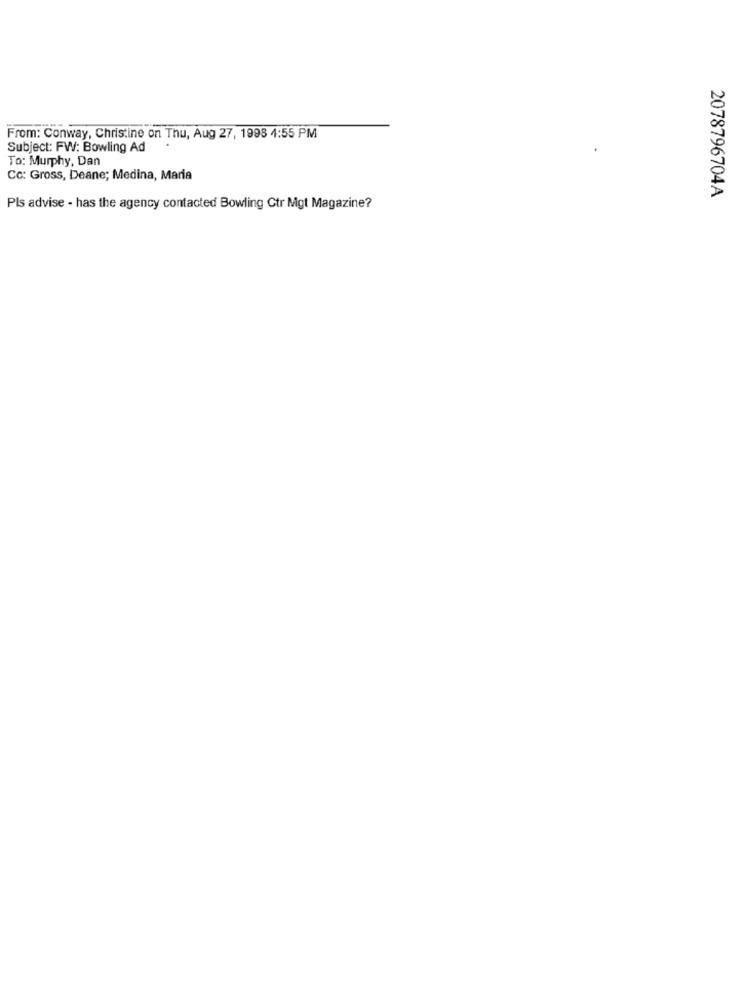
From: Conway, Christine on Thu, Aug 27, 1998 4:55 PM
Subject: FW: Bowling Ad
To: Murphy, Dan
Cc: Gross, Deane; Medina, Maria
2078796704A
Pls advise - has the agency contacted Bowling Ctr Mgt Magazine?